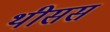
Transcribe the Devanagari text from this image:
थीसस